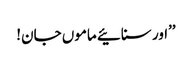
’’اور سنائیے ماموں جان!